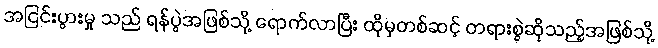
အငြင်းပွားမှု သည် ရန်ပွဲအဖြစ်သို့ ရောက်လာပြီး ထိုမှတစ်ဆင့် တရားစွဲဆိုသည့်အဖြစ်သို့